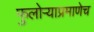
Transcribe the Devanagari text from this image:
फुलोर्‍याप्रमाणेच